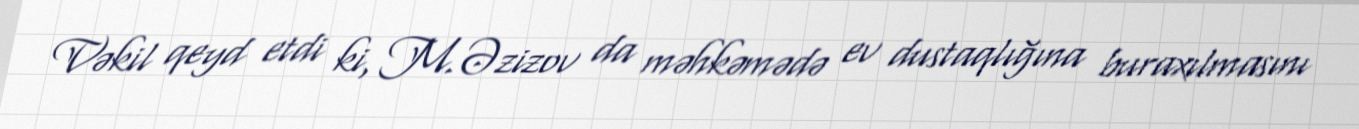
Vəkil qeyd etdi ki, M.Əzizov da məhkəmədə ev dustaqlığına buraxılmasını